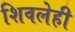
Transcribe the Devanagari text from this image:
शिवलेही